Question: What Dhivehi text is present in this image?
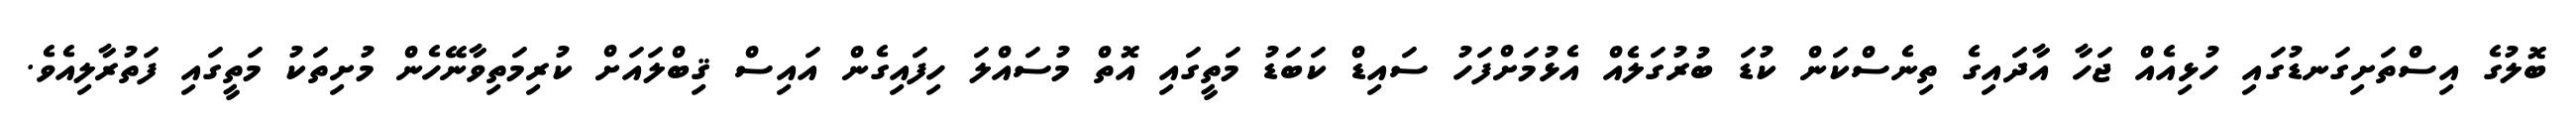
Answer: ބޮލުގެ އިސްތަށިގަނޑުގައި ހުޅިއެއް ޖަހާ އާދައިގެ ތިނެސްކަން ކުޑަ ބުރުގަލެއް އެޅުމަށްފަހު ސައިޑް ކަބަޑު މަތީގައި އޮތް މުސައްލަ ހިފައިގެން އައިސް ޤިބްލައަށް ކުރިމަތިވާނޭހެން މުށިތަކު މަތީގައި ފަތުރާލިއެވެ.